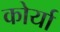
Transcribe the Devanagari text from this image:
कोर्या